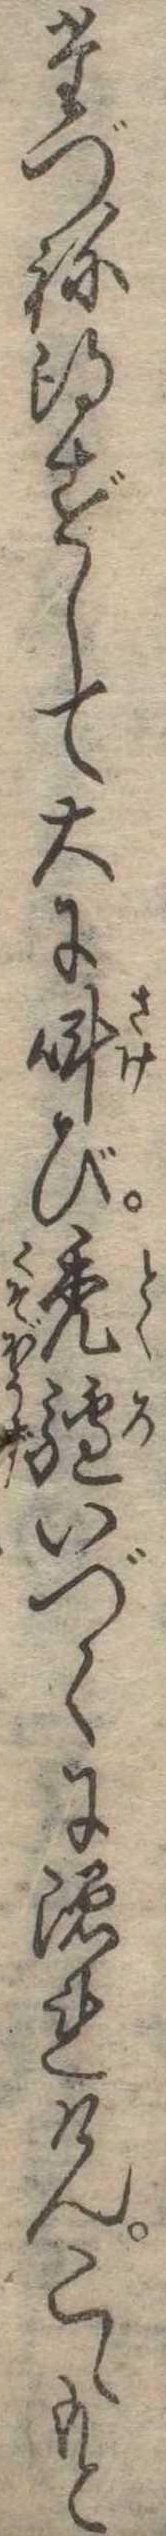
たづね得ずして大に叫び禿驢いづくに隠れけんこゝもと